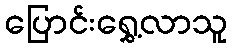
ပြောင်းရွှေ့လာသူ